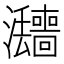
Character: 𱪚